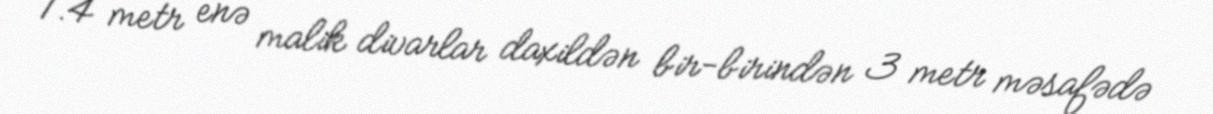
1.4 metr enə malik divarlar daxildən bir-birindən 3 metr məsafədə